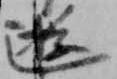
遊